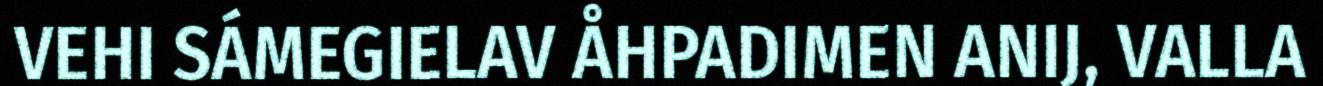
VEHI SÁMEGIELAV ÅHPADIMEN ANIJ, VALLA